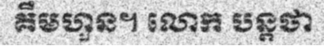
គឹមហួន។ លោក បន្តថា